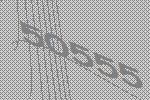
50555